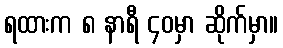
ရထားက ၈ နာရီ ၄၀မှာ ဆိုက်မှာ။